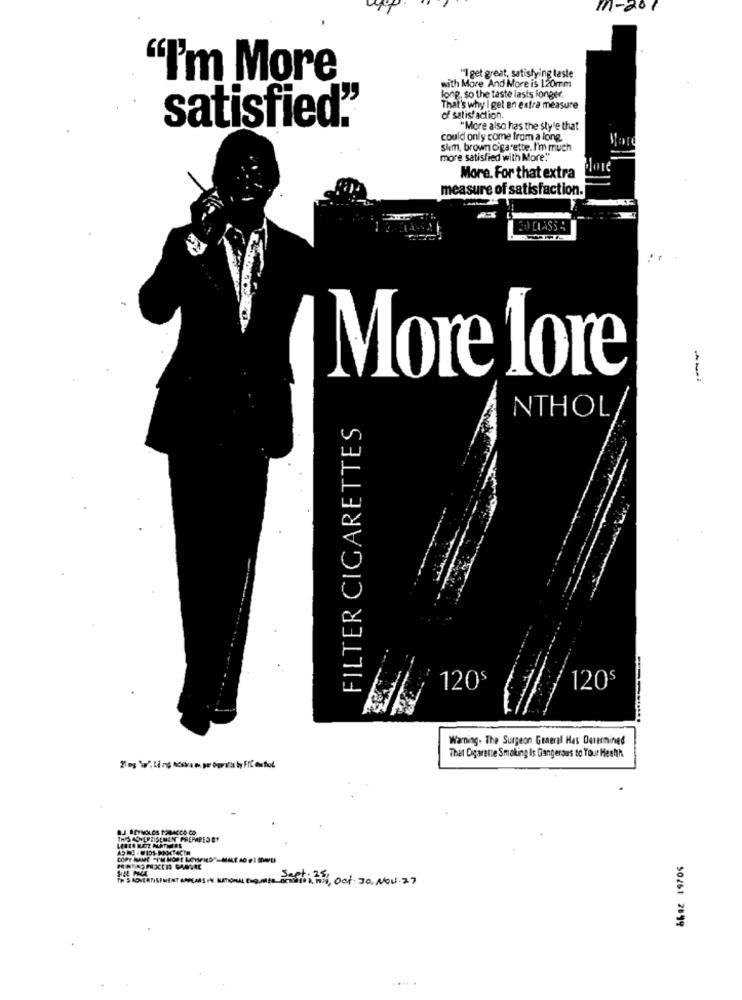
m-201
"I get great, satisfying taste
"I'm More
with More And More is 120mm
long, so the taste lasts longer.
That's why I get an extra measure
of satisfaction.
satisfied."
"More also has the style that
could only come from a long.
sim, brown cigarette. I'm much
more satisfied with More:"
More. For that extra
measure of satisfaction.
O CLASS
More Lore
FILTER CIGARETTES
NTHOL
120$
120$
Warning. The Surgeon General Has Determined
That Cigarette Smoking Is Dangerous so Your Health
THIS ADVERTISEMENT PREPARED ET
66a2 19704
TH S MONTATISEMENT APPEARS IN. RATIONAL ENQUEME
Seet : 25
cita. mis, Oot . 30. Mou.77
... .